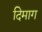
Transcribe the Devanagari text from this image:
दिमाग